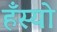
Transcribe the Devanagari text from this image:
हँस्‍यो